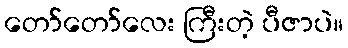
တော်တော်လေး ကြီးတဲ့ ပီဇာပဲ။